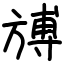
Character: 𣄎